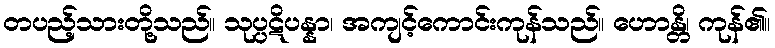
တပည့်သားတို့သည်။ သုပ္ပဋိပန္နာ၊ အကျင့်ကောင်းကုန်သည်။ ဟောန္တိ၊ ကုန်၏။